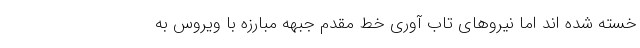
خسته شده اند اما نیروهای تاب آوری خط مقدم جبهه مبارزه با ویروس به